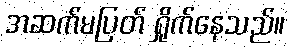
အဆက်မပြတ် ရှိုက်နေသည်။